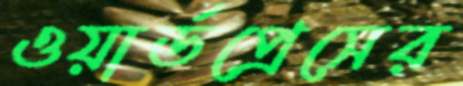
ওয়ার্ডপ্রেসের